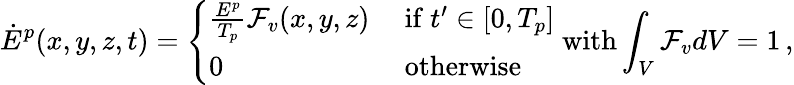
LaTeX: \dot{E}^{p}(x,y,z,t)=\left\{ \begin{array}{ll}{\frac{E^{p}}{T_{p}}\mathcal{F}_{v}(x,y,z)}&{\mathrm{~if~}t^{\prime}\in\left[0,T_{p}\right]}\\ {0}&{\mathrm{~otherwise}}\end{array}\right.\; \mathrm{with}\int_{V}\mathcal{F}_{v}dV=1\, \mathrm{,}